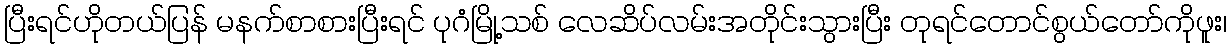
ပြီးရင်ဟိုတယ်ပြန် မနက်စာစားပြီးရင် ပုဂံမြို့သစ် လေဆိပ်လမ်းအတိုင်းသွားပြီး တုရင်တောင်စွယ်တော်ကိုဖူး၊